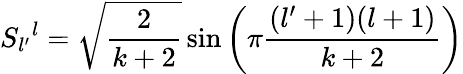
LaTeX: S_{l^{\prime}}{}^{l}=\sqrt{{\frac{2}{k+2}}}\sin\left(\pi{\frac{(l^{\prime}+1)(l+1)}{k+2}}\right)